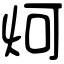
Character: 炣